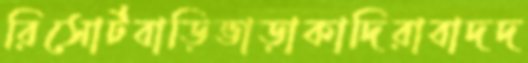
রিসোর্টবাড়িভাড়াকাদিরাবাদদ